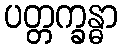
ပတ္တက္ခန္ဓာ